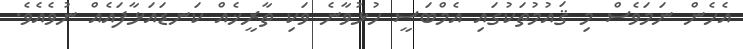
އެހެން ނަމަވެސް މި ޤައުމުތަކުގައި އެމްބަސީ ހުޅުވާނެ ވަކި ތާރީޚެއް ކަނޑައަޅާފައެއް ނުވެއެވެ.